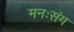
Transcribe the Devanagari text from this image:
मनःसंग